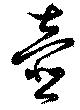
壺